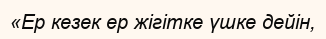
«Ер кезек ер жігітке үшке дейін,